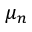
\mu _ { n }